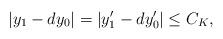
LaTeX: \begin{align*}|y_1-dy_0|=|y'_1-dy_0'|\leq C_K,\end{align*}